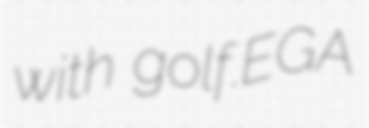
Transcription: with golf.EGA